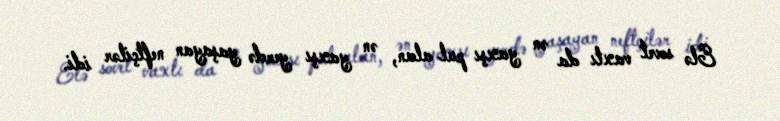
Elə sovet vaxtı da ən yaxşı pul alan, ən yaxşı yerdə yaşayan neftçilər idi.